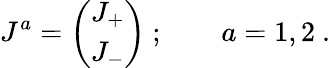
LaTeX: J^{a}=\left(\begin{array}{c}{{J_{+}}}\\ {{J_{-}}}\end{array}\right)\ ;\qquad a=1,2\ .